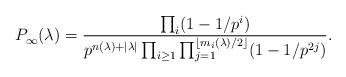
LaTeX: \begin{align*} P^{}_{\infty}(\lambda) = \frac{\prod_{i } (1-1/p^i)}{p^{n(\lambda)+|\lambda|} \prod_{i \geq 1} \prod_{j=1}^{\lfloor m_i(\lambda)/2 \rfloor} (1-1/p^{2j})}.\end{align*}